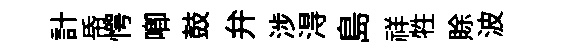
計帋愕唧鼓弁涉淂島祥牲賖波